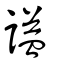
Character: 謚